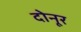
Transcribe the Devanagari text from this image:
दोनूर